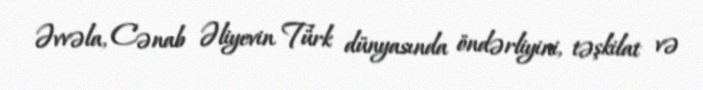
Əvvəla, Cənab Əliyevin Türk dünyasında öndərliyini, təşkilat və